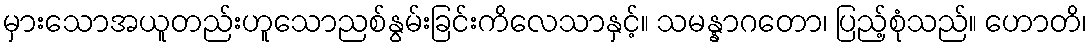
မှားသောအယူတည်းဟူသောညစ်နွမ်းခြင်းကိလေသာနှင့်။ သမန္နာဂတော၊ ပြည့်စုံသည်။ ဟောတိ၊